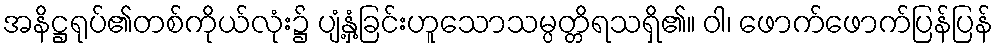
အနိဋ္ဌရုပ်၏တစ်ကိုယ်လုံး၌ ပျံ့နှံ့ခြင်းဟူသောသမ္ပတ္တိရသရှိ၏။ ဝါ၊ ဖောက်ဖောက်ပြန်ပြန်